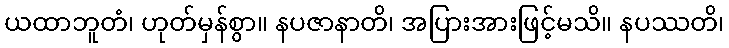
ယထာဘူတံ၊ ဟုတ်မှန်စွာ။ နပဇာနာတိ၊ အပြားအားဖြင့်မသိ။ နပဿတိ၊